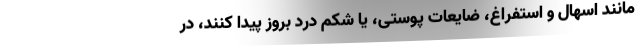
مانند اسهال و استفراغ، ضایعات پوستی، یا شکم درد بروز پیدا کنند، در